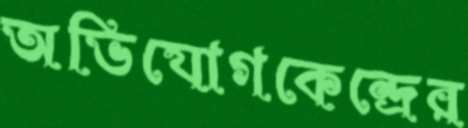
অভিযোগকেন্দ্রের